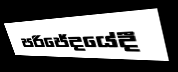
පරිජේදයේදී